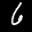
Label: 6